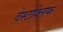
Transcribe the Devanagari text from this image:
वेस्टक्लिफ